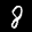
Label: 8